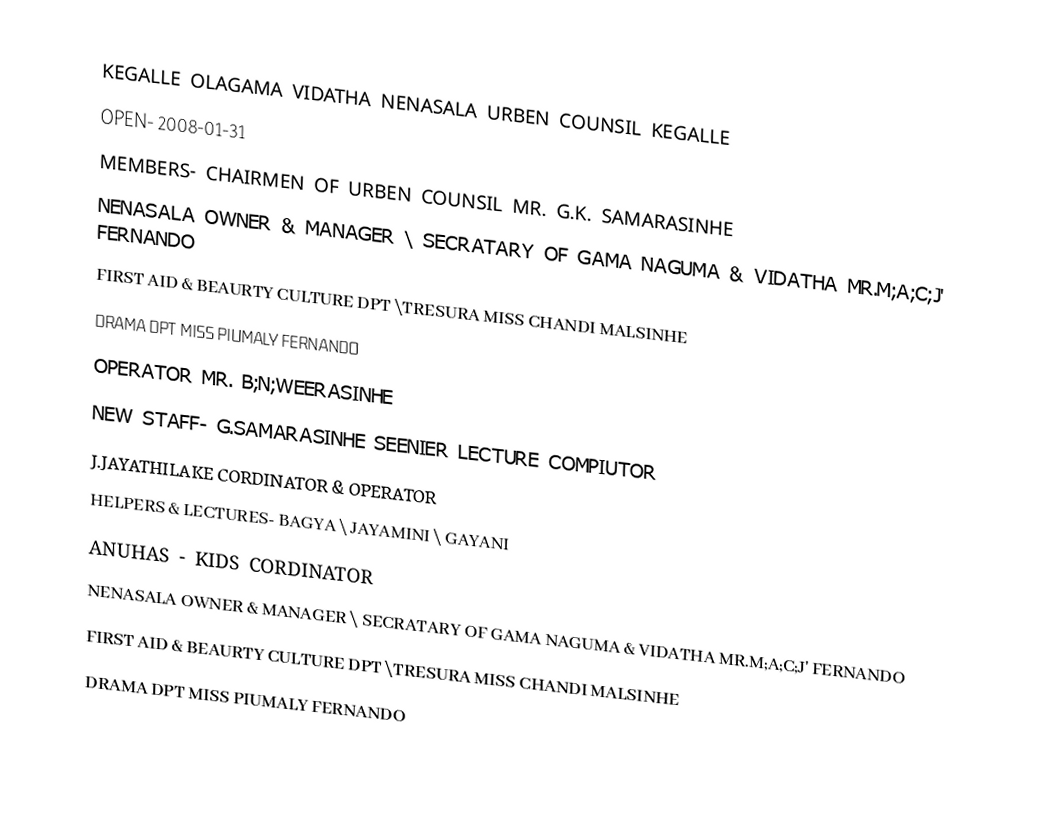
KEGALLE OLAGAMA VIDATHA NENASALA URBEN COUNSIL KEGALLE
   OPEN-   2008-01-31
MEMBERS- CHAIRMEN OF URBEN COUNSIL MR. G.K. SAMARASINHE
NENASALA OWNER & MANAGER \ SECRATARY OF GAMA NAGUMA & VIDATHA MR.M;A;C;J' FERNANDO
FIRST AID & BEAURTY CULTURE DPT \TRESURA MISS CHANDI MALSINHE
DRAMA DPT MISS PIUMALY FERNANDO
OPERATOR MR. B;N;WEERASINHE
NEW STAFF-         G.SAMARASINHE SEENIER LECTURE COMPIUTOR
                                  J.JAYATHILAKE CORDINATOR & OPERATOR
                                  HELPERS & LECTURES- BAGYA \ JAYAMINI \ GAYANI
                               ANUHAS - KIDS CORDINATOR
                                   NENASALA OWNER & MANAGER \ SECRATARY OF GAMA NAGUMA & VIDATHA MR.M;A;C;J' FERNANDO
FIRST AID & BEAURTY CULTURE DPT \TRESURA MISS CHANDI MALSINHE
DRAMA DPT MISS PIUMALY FERNANDO